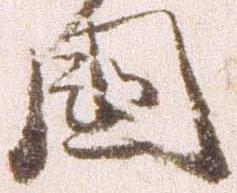
国